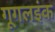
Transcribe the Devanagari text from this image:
गूगलइंक